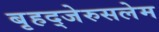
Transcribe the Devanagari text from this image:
बृहद्‌जेरुसलेम